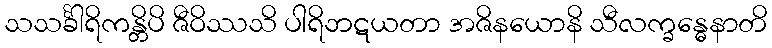
သသင်္ခါရိကန္တိပိ ဇီဝိဿသိ ပါရိဘဋယတာ အဇိနယောနိ သီလက္ခန္ဓေနာတိ